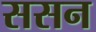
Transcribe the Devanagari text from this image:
ससन